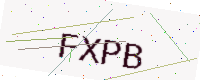
Text: FXPB